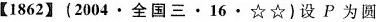
【1862】(2004·全国三·16·☆☆)设P为圆